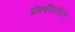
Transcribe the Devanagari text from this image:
प्रोक्रास्टिनेटस